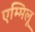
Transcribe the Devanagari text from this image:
एम्मिलू